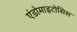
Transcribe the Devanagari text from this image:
एंडोमाइटोसिस